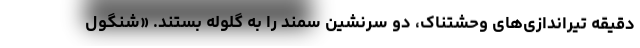
دقیقه تیراندازی‌های وحشتناک، دو سرنشین سمند را به گلوله بستند. «شنگول